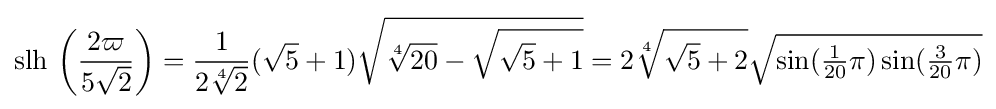
\operatorname {slh} \,\left({\frac {2\varpi }{5{\sqrt {2}}}}\right)={\frac {1}{2{\sqrt[{4}]{2}}}}({\sqrt {5}}+1){\sqrt {{\sqrt[{4}]{20}}-{\sqrt {{\sqrt {5}}+1}}}}=2{\sqrt[{4}]{{\sqrt {5}}+2}}{\sqrt {\sin({\tfrac {1}{20}}\pi )\sin({\tfrac {3}{20}}\pi )}}